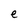
Character: e